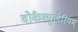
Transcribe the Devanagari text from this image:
वोकैब्युलेरियम्